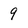
Character: 9